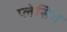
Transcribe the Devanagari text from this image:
प्लेसिंग